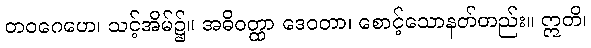
တဝဂေဟေ၊ သင့်အိမ်၌။ အဓိဝတ္ထာ ဒေဝတာ၊ စောင့်သောနတ်တည်း။ ဣတိ၊